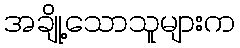
အချို့သောသူများက